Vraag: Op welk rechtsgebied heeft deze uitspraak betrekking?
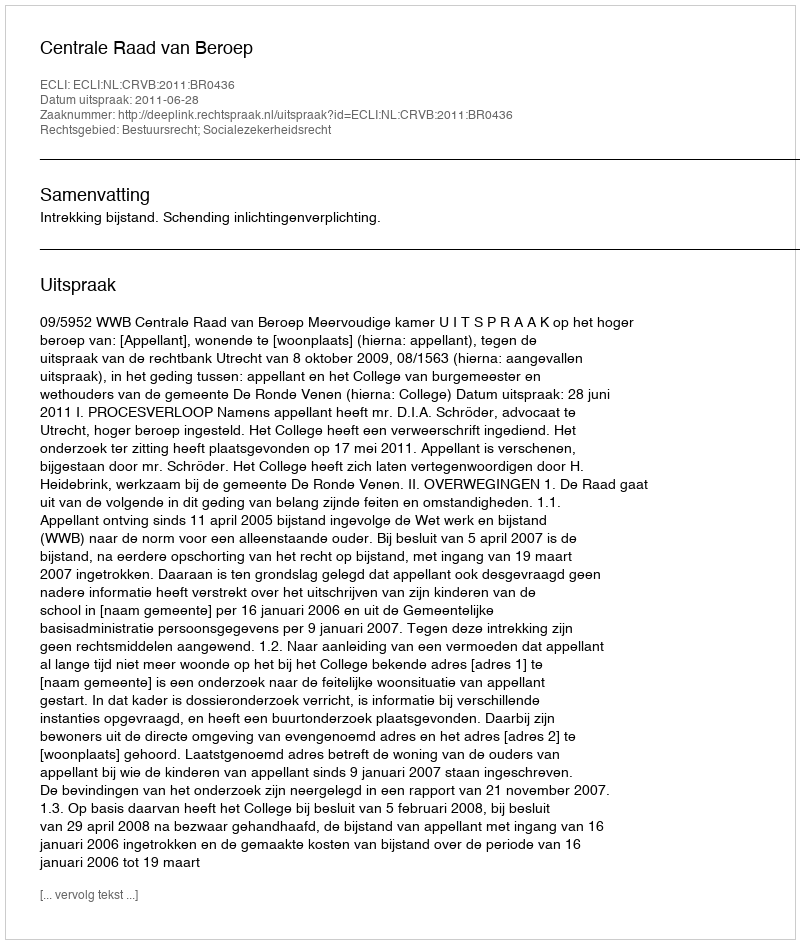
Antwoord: Bestuursrecht; Socialezekerheidsrecht